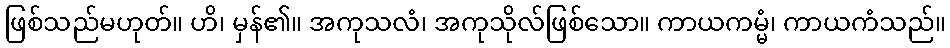
ဖြစ်သည်မဟုတ်။ ဟိ၊ မှန်၏။ အကုသလံ၊ အကုသိုလ်ဖြစ်သော။ ကာယကမ္မံ၊ ကာယကံသည်။